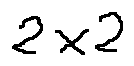
2 \times 2